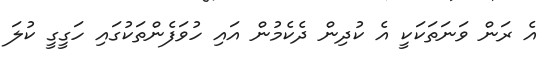
އެ ރަން ވަނަތަކަކީ އެ ކުދިން ދެކެމުން އައި ހުވަފެންތަކުގައި ހަގީގީ ކުލަ